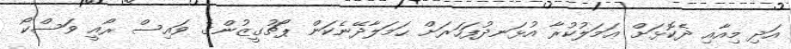
އަދި މިއާއި ދެކޮޅަށް ޢަމަލުކުރާ އުޅަނދުފަހަރަށް ޙަމަލާދޭނެކަން ޕޯޗުގީޒުންގެ ވައިސް ރޯއީ ވަސްކޯ